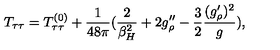
T _ { \tau \tau } = T _ { \tau \tau } ^ { ( 0 ) } + { \frac { 1 } { 4 8 \pi } } ( { \frac { 2 } { \beta _ { H } ^ { 2 } } } + 2 g _ { \rho } ^ { \prime \prime } - { \frac { 3 } { 2 } } { \frac { ( g _ { \rho } ^ { \prime } ) ^ { 2 } } { g } } ) ,